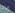
ماذا